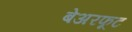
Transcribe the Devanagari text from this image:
बेअरफूट